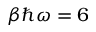
\beta \hbar \omega = 6